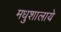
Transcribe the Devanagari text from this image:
मधुशालाये